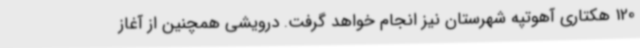
120 هکتاری آهوتپه شهرستان نیز انجام خواهد گرفت. درویشی همچنین از آغاز